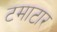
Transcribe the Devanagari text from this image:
टमाटार